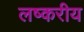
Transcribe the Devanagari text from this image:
लष्करीय